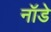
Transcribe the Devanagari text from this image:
नॉडे